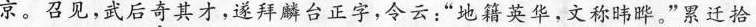
京。召见，武后奇其才，遂拜麟台正字，令云：”地籍英华，文称晔。”累迁拾